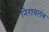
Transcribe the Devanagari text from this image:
निरावलंब